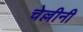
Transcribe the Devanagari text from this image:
चेल्लीनी